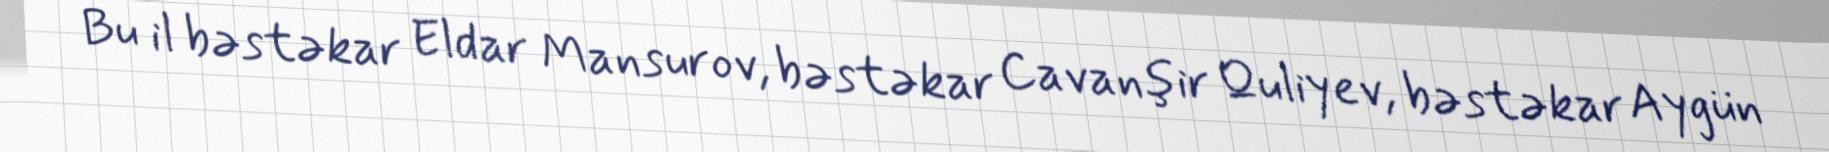
Bu il bəstəkar Eldar Mansurov, bəstəkar Cavanşir Quliyev, bəstəkar Aygün